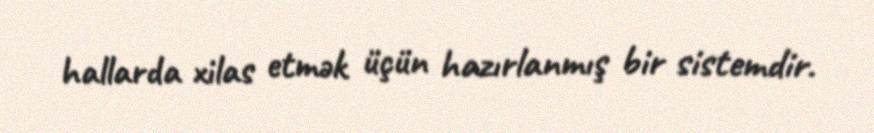
hallarda xilas etmək üçün hazırlanmış bir sistemdir.